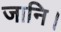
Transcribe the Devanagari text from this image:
जानि।